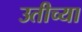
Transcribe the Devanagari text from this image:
उतीच्या